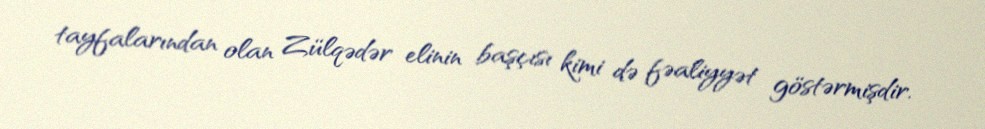
tayfalarından olan Zülqədər elinin başçısı kimi də fəaliyyət göstərmişdir.